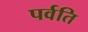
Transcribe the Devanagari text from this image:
पर्वति